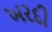
ખરદી